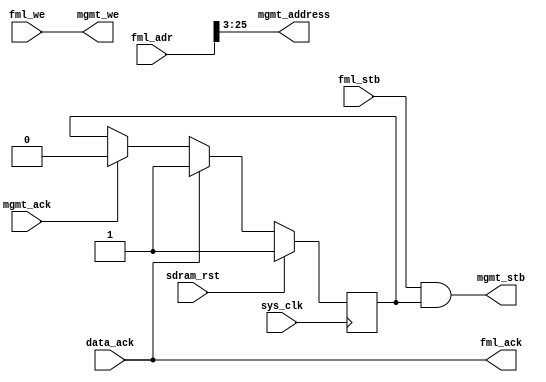
/*
 * Milkymist VJ SoC
 * Copyright (C) 2007, 2008, 2009 Sebastien Bourdeauducq
 *
 * This program is free software: you can redistribute it and/or modify
 * it under the terms of the GNU General Public License as published by
 * the Free Software Foundation, version 3 of the License.
 *
 * This program is distributed in the hope that it will be useful,
 * but WITHOUT ANY WARRANTY; without even the implied warranty of
 * MERCHANTABILITY or FITNESS FOR A PARTICULAR PURPOSE.  See the
 * GNU General Public License for more details.
 *
 * You should have received a copy of the GNU General Public License
 * along with this program.  If not, see <http://www.gnu.org/licenses/>.
 */

/* Simple FML interface for HPDMC */

module hpdmc_busif #(
	parameter sdram_depth = 26
) (
	input sys_clk,
	input sdram_rst,
	
	input [sdram_depth-1:0] fml_adr,
	input fml_stb,
	input fml_we,
	output fml_ack,
	
	output mgmt_stb,
	output mgmt_we,
	output [sdram_depth-3-1:0] mgmt_address, /* in 64-bit words */
	input mgmt_ack,
	
	input data_ack
);

reg mgmt_stb_en;

assign mgmt_stb = fml_stb & mgmt_stb_en;
assign mgmt_we = fml_we;
assign mgmt_address = fml_adr[sdram_depth-1:3];

assign fml_ack = data_ack;

always @(posedge sys_clk) begin
	if(sdram_rst)
		mgmt_stb_en = 1'b1;
	else begin
		if(mgmt_ack)
			mgmt_stb_en = 1'b0;
		if(data_ack)
			mgmt_stb_en = 1'b1;
	end
end

endmodule